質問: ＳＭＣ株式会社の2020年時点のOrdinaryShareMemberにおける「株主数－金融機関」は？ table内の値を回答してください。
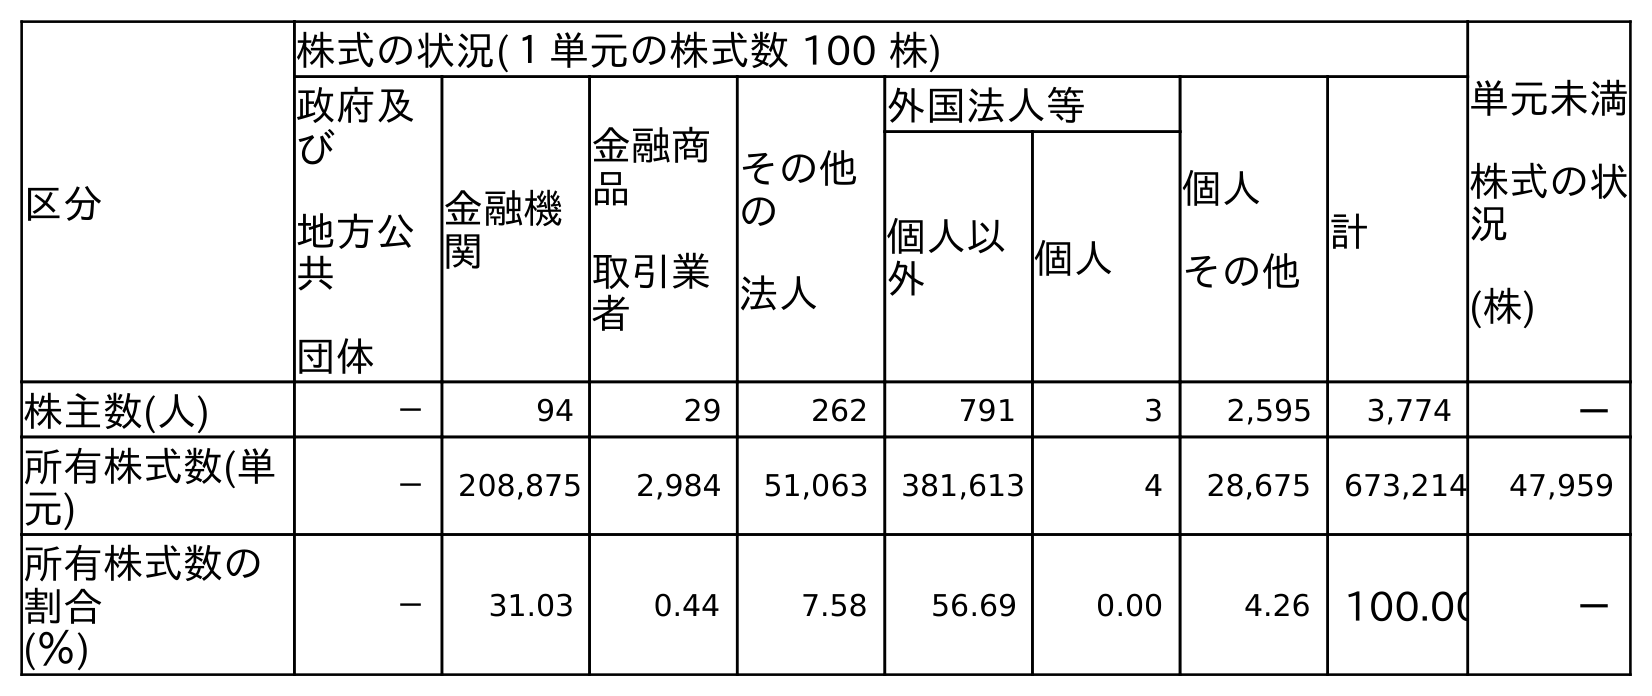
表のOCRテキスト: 区分 株式の状況(１単元の株式数 100 株) 単元未満 株式の状 況 (株) 政府及 び 地方公 共 団体 金融機 関 金融商 品 取引業 者 その他 の 法人 外国法人等 個人 その他 計 個人以 外 個人 株主数(人) － 94 29 262 791 3 2,595 3,774 － 所有株式数(単 元) － 208,875 2,984 51,063 381,613 4 28,675 673,214 47,959 所有株式数の 割合 (％) － 31.03 0.44 7.58 56.69 0.00 4.26 100.00 －
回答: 94